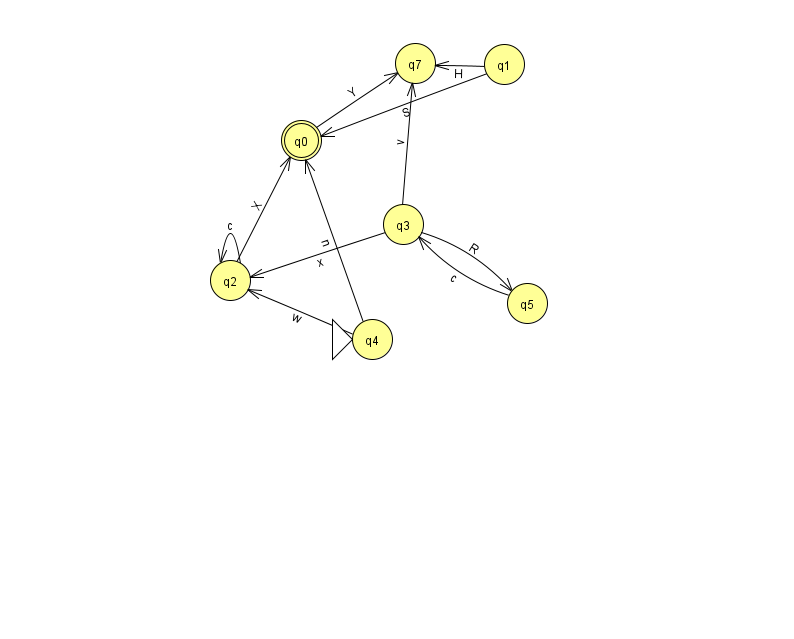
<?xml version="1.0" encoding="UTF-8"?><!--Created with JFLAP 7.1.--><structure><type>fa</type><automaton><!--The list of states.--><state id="0" name="q0"><x>301.0</x><y>127.0</y><final/></state><state id="1" name="q1"><x>504.0</x><y>51.0</y></state><state id="2" name="q2"><x>230.0</x><y>267.0</y></state><state id="3" name="q3"><x>403.0</x><y>211.0</y></state><state id="4" name="q4"><x>372.0</x><y>326.0</y><initial/></state><state id="5" name="q5"><x>527.0</x><y>290.0</y></state><state id="7" name="q7"><x>415.0</x><y>50.0</y></state><!--The list of transitions.--><transition><from>0</from><to>7</to><read>Y</read></transition><transition><from>3</from><to>2</to><read>x</read></transition><transition><from>4</from><to>0</to><read>n</read></transition><transition><from>2</from><to>2</to><read>c</read></transition><transition><from>3</from><to>7</to><read>v</read></transition><transition><from>3</from><to>5</to><read>R</read></transition><transition><from>5</from><to>3</to><read>c</read></transition><transition><from>4</from><to>2</to><read>w</read></transition><transition><from>2</from><to>0</to><read>X</read></transition><transition><from>1</from><to>0</to><read>S</read></transition><transition><from>1</from><to>7</to><read>H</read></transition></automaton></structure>